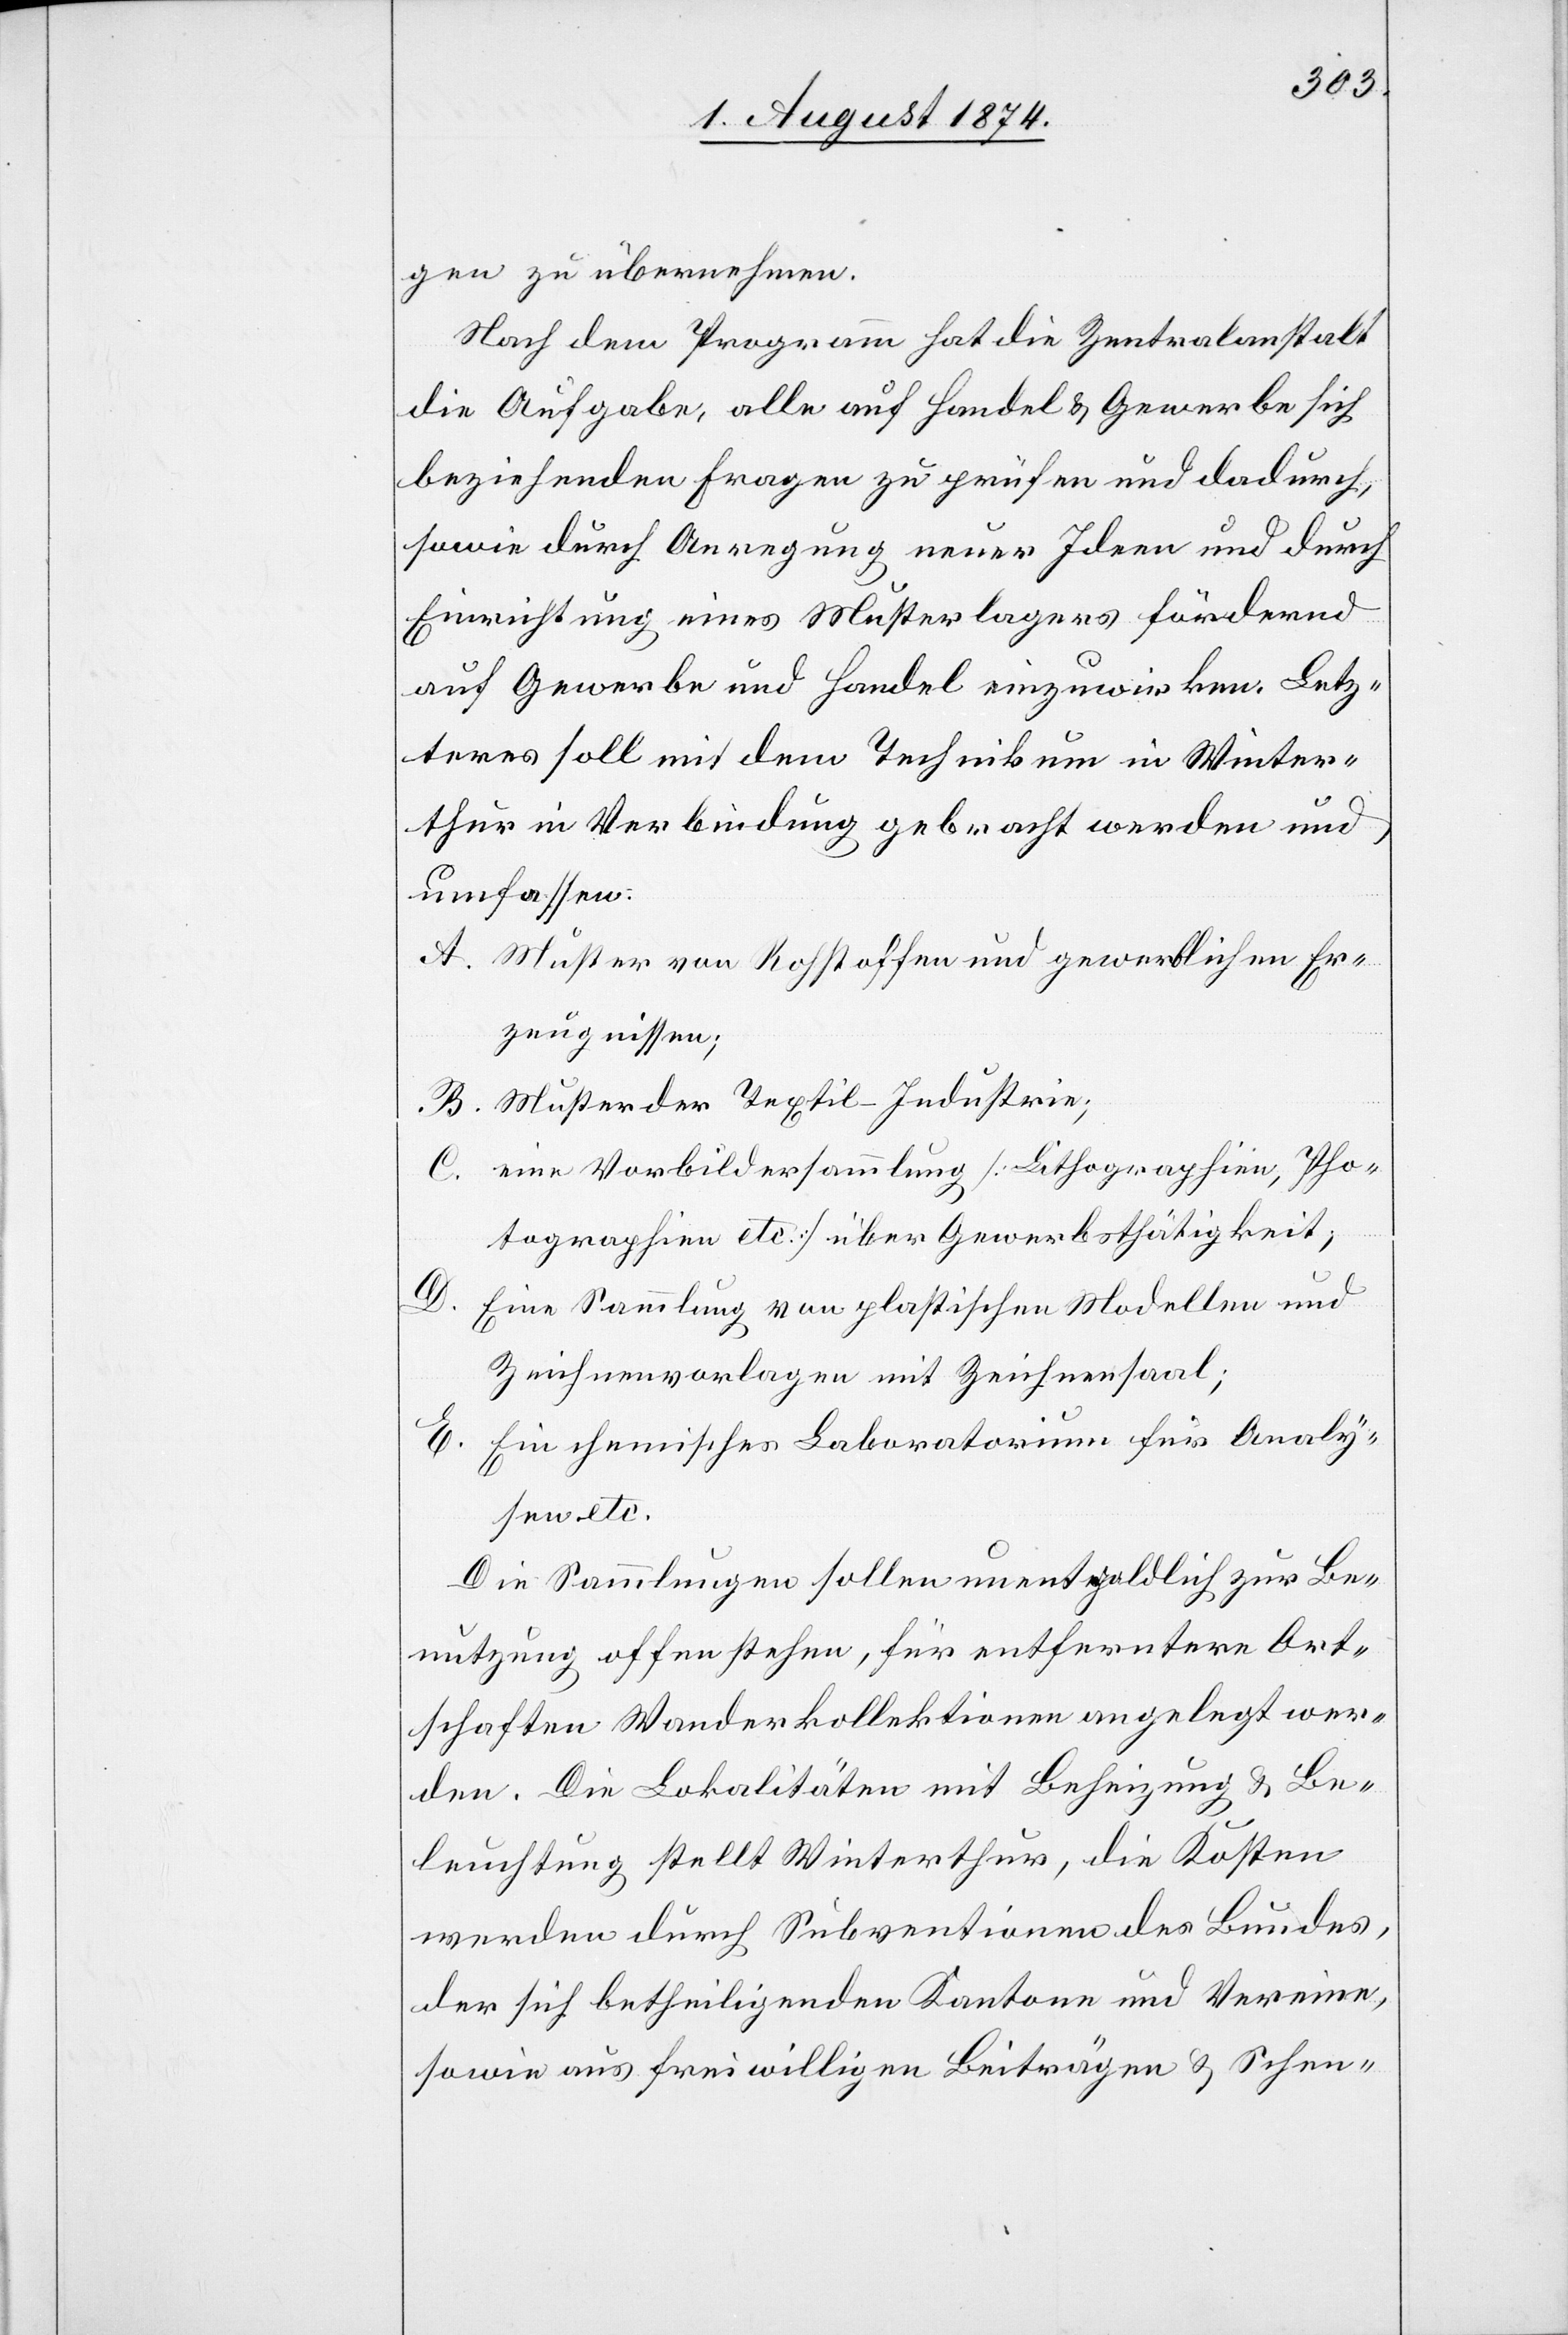
gen zu übernehmen.
Nach dem Programm hat die Zentralanstalt
die Aufgabe, alle auf Handel u. Gewerbe sich
beziehenden Fragen zu prüfen und dadurch,
sowie durch Anregung neuer Ideen und durch
Einrichtung eines Musterlagers fördernd
auf Gewerbe und Handel einzuwirken. Letz¬
teres soll mit dem Technikum in Winter¬
thur in Verbindung gebracht werden und
umfassen:
A. Muster von Rohstoffen und gewerblichen Er¬
zeugnissen;
B. Muster der Textil-Industrie;
C. eine Vorbildersammlung [Lithographien, Pho¬
tographien etc.] über Gewerbthätigkeit;
D.
Eine Sammlung von plastischen Modellen und
Zeichenvorlagen mit Zeichensaal;
E.
Ein chemisches Laboratorium für Analy¬
sen etc.
Die Sammlungen sollen unentgeldlich zur Be¬
nutzung offenstehen, für entferntere Ort¬
schaften Wanderkollektionen angelegt wer¬
den. Die Lokalitäten mit Beheizung u. Be¬
leuchtung stellt Winterthur, die Kosten
werden durch Subventionen des Bundes,
der sich betheiligenden Kantone und Vereine,
sowie aus freiwilligen Beiträgen u. Schen-